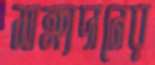
সাক্ষ্যদানের